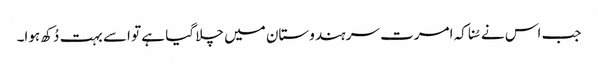
جب اس نے سُنا کہ امرت سر ہندوستان میں چلا گیا ہے تو اسے بہت دُکھ ہوا۔